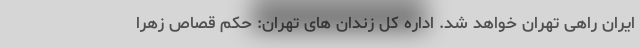
ایران راهی تهران خواهد شد. اداره کل زندان های تهران: حکم قصاص زهرا